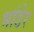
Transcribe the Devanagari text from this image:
भांडेर